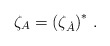
\begin{align*}\zeta_A=\left( \zeta_{\dot A}\right)^*\,.\end{align*}